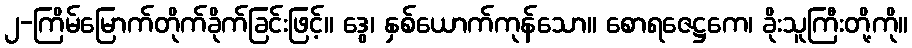
၂-ကြိမ်မြောက်တိုက်ခိုက်ခြင်းဖြင့်။ ဒွေ၊ နှစ်ယောက်ကုန်သော။ စောရဇေဋ္ဌကေ၊ ခိုးသူကြီးတို့ကို။